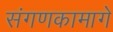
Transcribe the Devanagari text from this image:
संगणकामागे